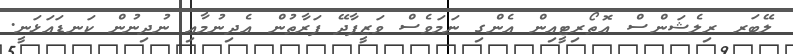
ލޭބަރ ރިލެޝަންސް އޮތޯރިޓީީއިން އެންގި ނަމަވެސް ވަޒީފާދޭ ފަރާތުން އެދިނުމާއި ނުދިނުން ކަނޑައަޅަނީ.